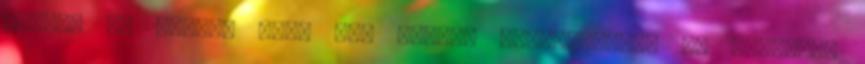
látja. De lehet, hogy egy kicsit túlreagáltam Na mindegy,